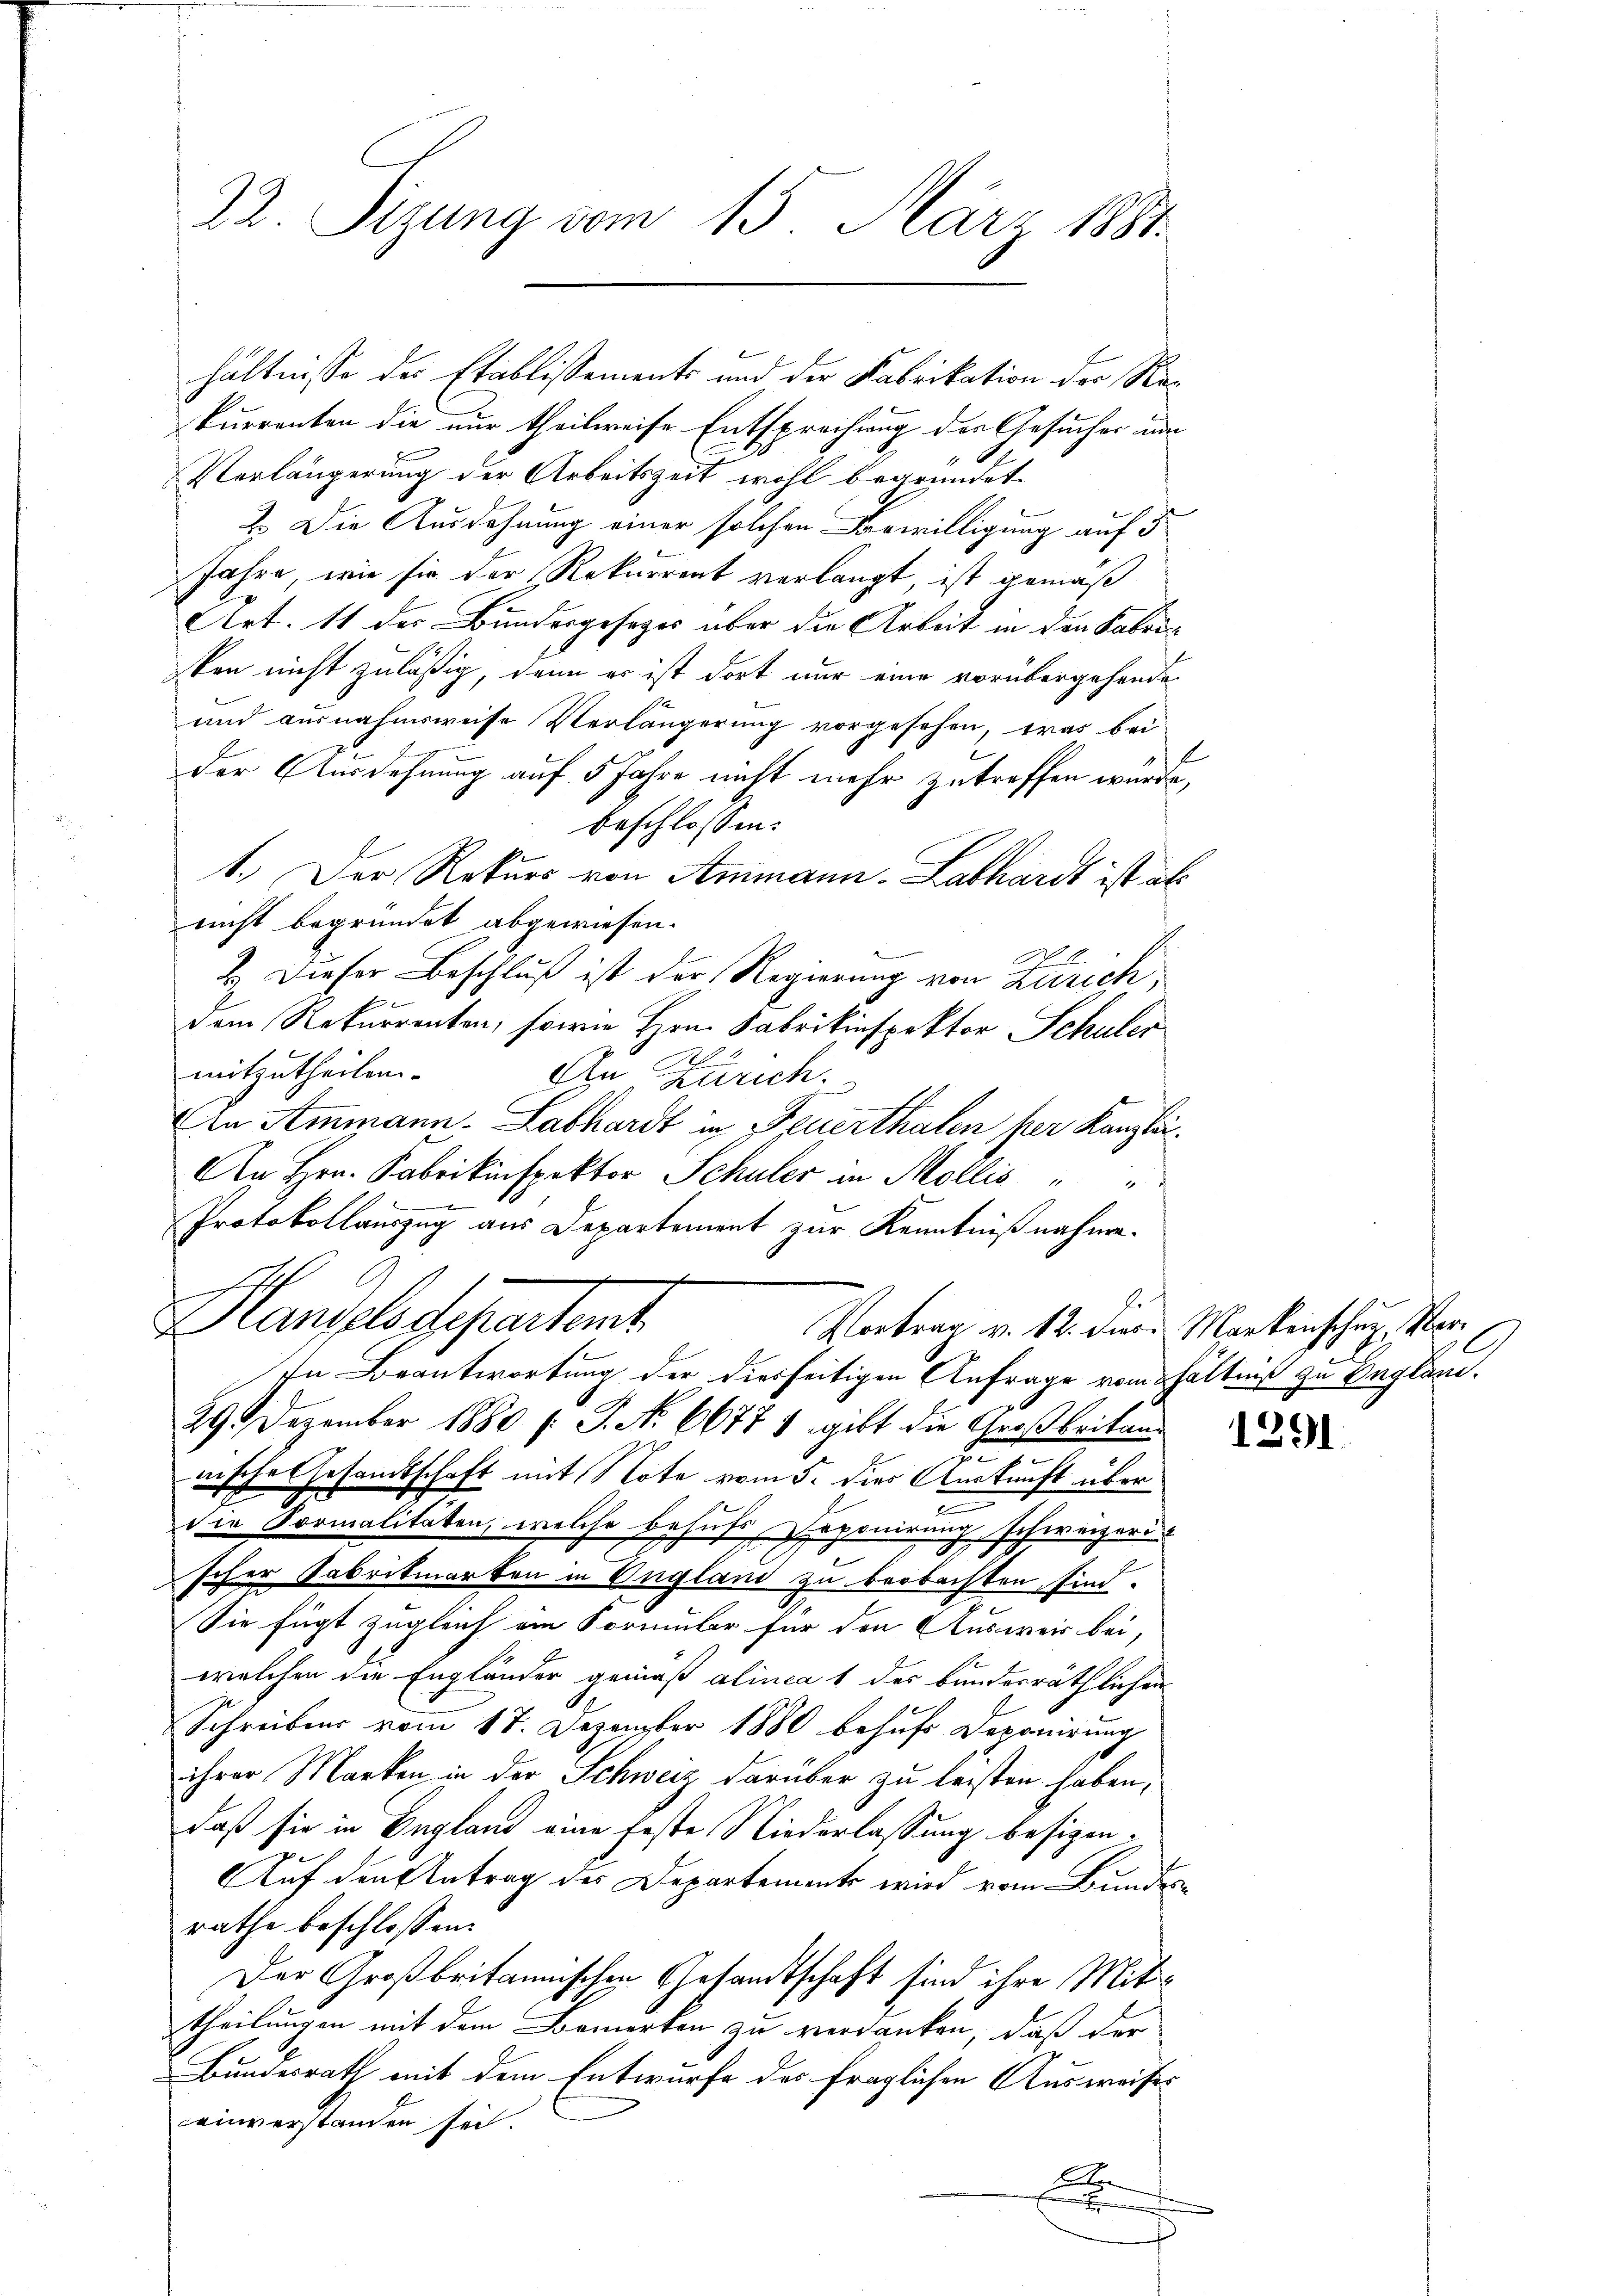
22. Sitzung vom 15. März 1881.

kurrenten die nur theilweise Entsprechung des Gesucher un
Verlängerung der Arbeitszeit wohl begründet
2. Die Ausdehnung einer solchen Bewilligung auf 5
Jahre, wie sie der Rekurrent verlangt, ist gemäß
Art. 11 der Bundesgesezes über die Arbeit in den Fabric
ken nicht zuläßig, denn er ist dort nur eine vorübergehenden
und ausnahmsweise Verlängerung vorgesehen, was bei
der Ausdehnung auf 5 Jahre nicht mehr zutreffen würde,
beschlossen:
1.) Der Rekurs von Ammann-Labhardt ist als
nicht begründet abgewiesen.
2. Dieser Beschluß ist der Regierung von Zürich,
dem Rekurrenten, sowie Hrn. Fabrikinspektor Schuler
mitzutheilen
An Zürich.
An Ammann. Labhardt in Feuerthalen her Kanzli¬
An Hrn. Fabrikinspektor Schuler in Mollis " "
Protokollauszug aus Departement zur Kenntnißnahme.
E
Handelsdepartent
Vortrag v. 12. diese Markenschuz, Mar¬
In Beantwortung der diesseitigen Anfrage vom hältniß zu Beglau¬
29. Dezember 1880 l. J. No 66771 gibt die Großbritand
nische Gesandtschaft mit Note vom 5. dies Auskunft über
e
2
die Formalitäten, welche behufs oponirung schweizerischer Gabrikmarken in Ungland zu beobachten sind.
Sie fügt zugleich ein Formular für den Ausweis bei,
welchen die Engländer gemäß alinea 1 des bundesräthlichen
Schreibens vom 18. Dezember 1880 behufs Deponirung
ihrer Marken in der Schweiz darüber zu leisten haben,
daß sie in England eine feste Niederlassung besizen¬
Auf den Antrag des Departements wird vom Bundes-
rathe beschlossen:
Der Großbritannischen Gesandtschaft sind ihre Mittheilungen mit dem Bemerken zu verdanken, daß der
Bundesrath mit dem Entwurfe des fraglichen Ausweiser
einverstanden sei.
A
x

hältnisse der Etablissements und der Fabrikation der Re¬

.

1291